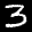
Label: 3